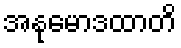
အနုမောဒထာတိ